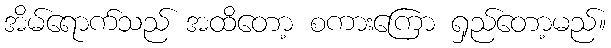
အိမ်ရောက်သည် အထိတော့ စကားကြော ရှည်တော့မည်။